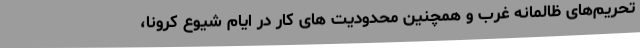
تحریم‌های ظالمانه غرب و همچنین محدودیت های کار در ایام شیوع کرونا،